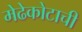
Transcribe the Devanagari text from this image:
मेढेकोटाची